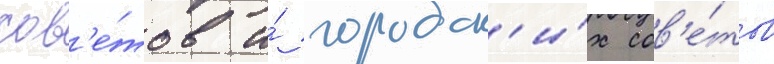
сов'е́тов и́ городск'и́х сов'е́тов